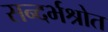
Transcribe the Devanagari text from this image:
सन्दर्भश्रोत